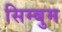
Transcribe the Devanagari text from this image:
सिम्बुम